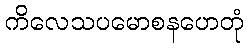
ကိလေသပမောစနဟေတုံ